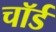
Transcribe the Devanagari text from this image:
चॉर्ड